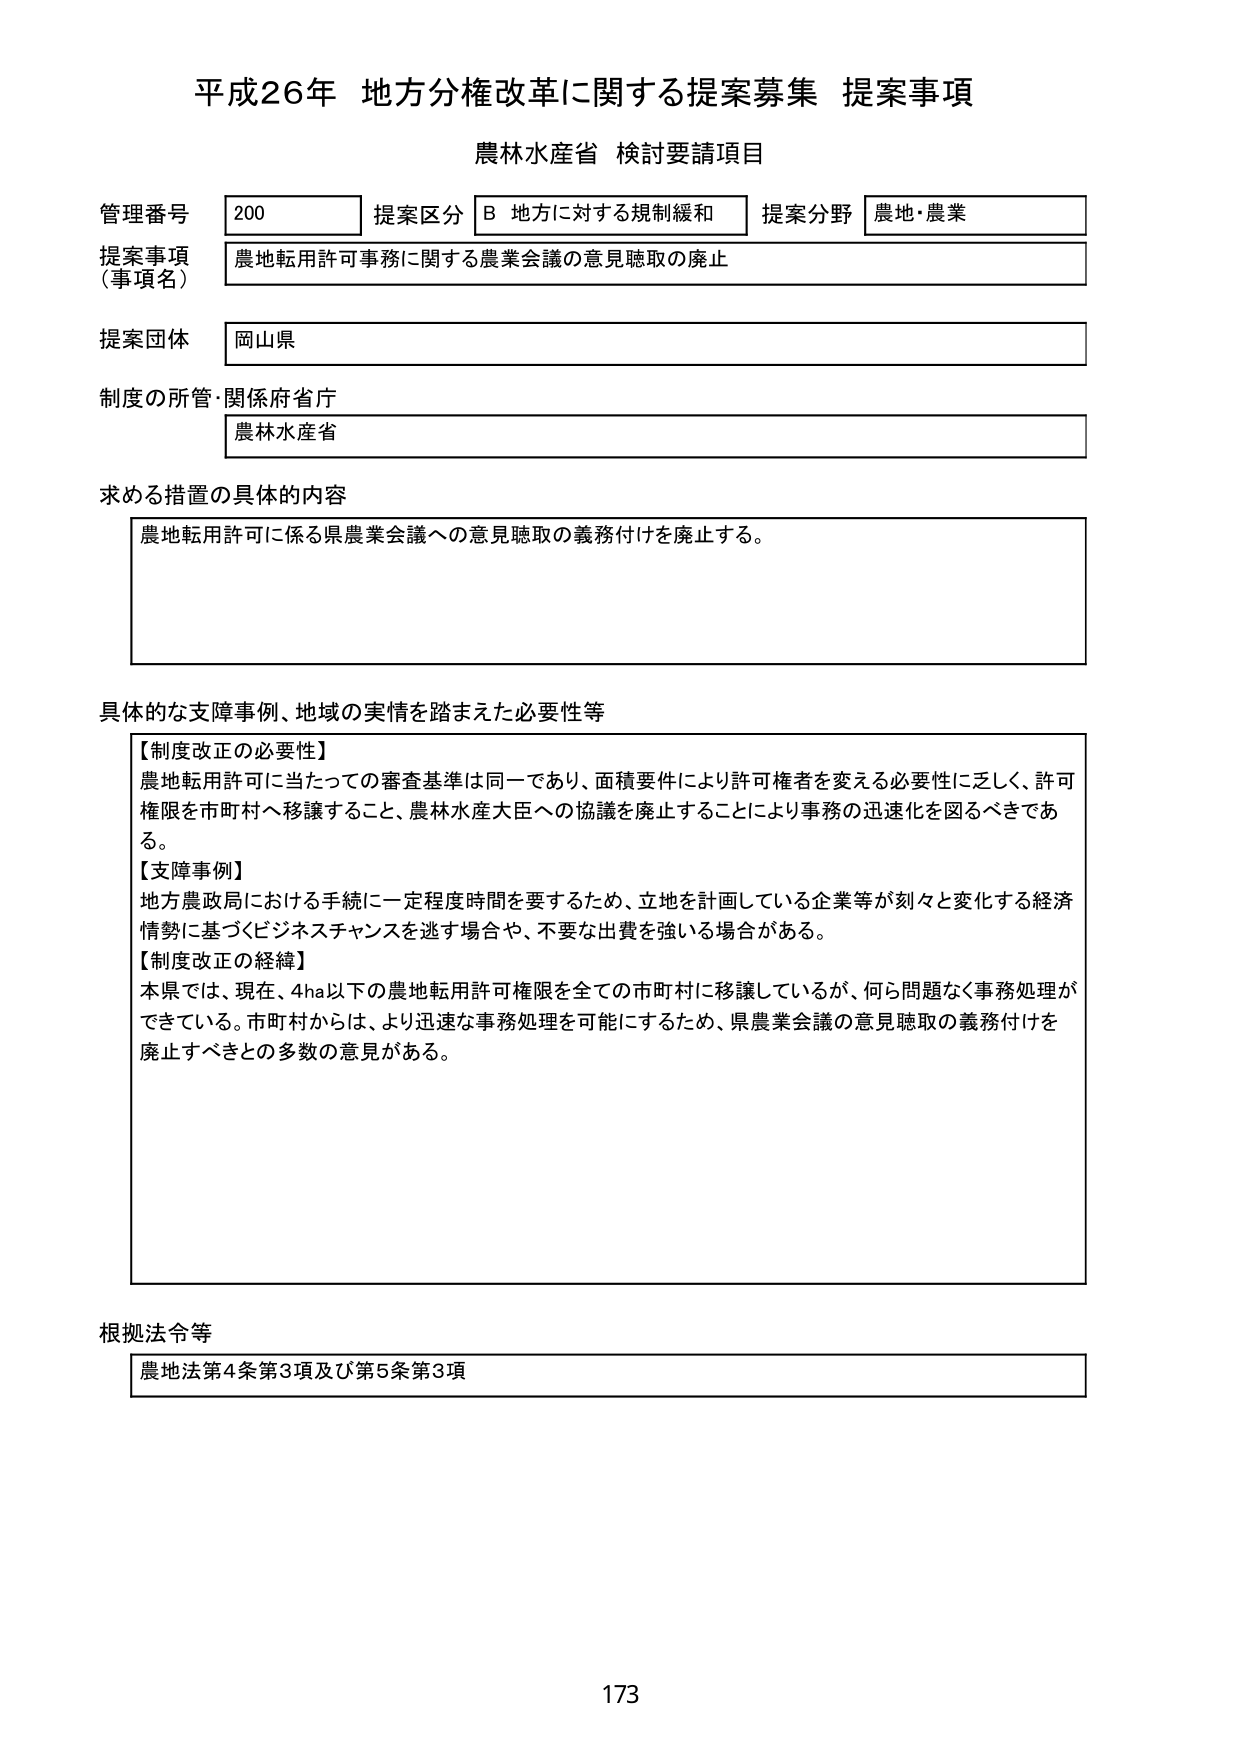
平成26年 地方分権改革に関する提案募集 提案事項
農林水産省 検討要請項目

管理番号 200 提案区分 B 地方に対する規制緩和 提案分野 農地・農業
提案事項（事項名） 農地転用許可事務に関する農業会議の意見聴取の廃止
提案団体 岡山県
制度の所管・関係府省庁 農林水産省

求める措置の具体的な内容
農地転用許可に係る県農業会議への意見聴取の義務付けを廃止する。

具体的な支障事例、地域の実情を踏まえた必要性等
【制度改正の必要性】
農地転用許可に当たっての審査基準は同一であり、面積要件により許可権者を変える必要性に乏しく、許可権限を市町村へ移譲すること、農林水産大臣への協議を廃止することにより事務の迅速化を図るべきである。
【支障事例】
地方農政局における手続に一定程度時間を要するため、立地を計画している企業等が刻々と変化する経済情勢に基づくビジネスチャンスを逃す場合や、不要な出費を強い場合がある。
【制度改正の経緯】
本県では、現在、4ha以下の農地転用許可権限を全ての市町村に移譲しているが、何ら問題なく事務処理ができている。市町村からは、より迅速な事務処理を可能にするため、県農業会議の意見聴取の義務付けを廃止すべきとの多数の意見がある。

根拠法令等
農地法第4条第3項及び第5条第3項

173